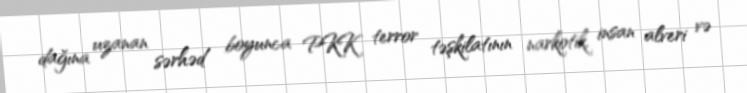
dağına uzanan sərhəd boyunca PKK terror təşkilatının narkotik, insan alveri və